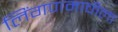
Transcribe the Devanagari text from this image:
लिंगणमाचीला